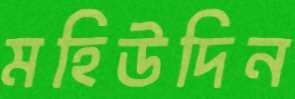
মহিউদিন